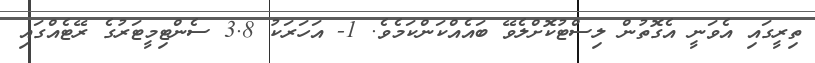
ތިރީގައި އެވަނީ އެގޮތުން ލިސްޓުކޮށްލެވޭ ބައެއްކަންކަމެވެ. 1- އަހަރަކު 3.8 ސެންޓިމީޓަރުގެ ރޭޓެއްގައި